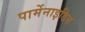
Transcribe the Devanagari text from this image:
पार्मेनाइडिस